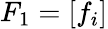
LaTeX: F_{1}=[f_{i}]